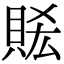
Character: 𧵧